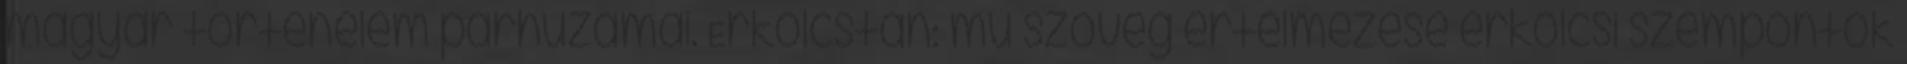
magyar történelem párhuzamai. Erkölcstan: mű szöveg értelmezése erkölcsi szempontok